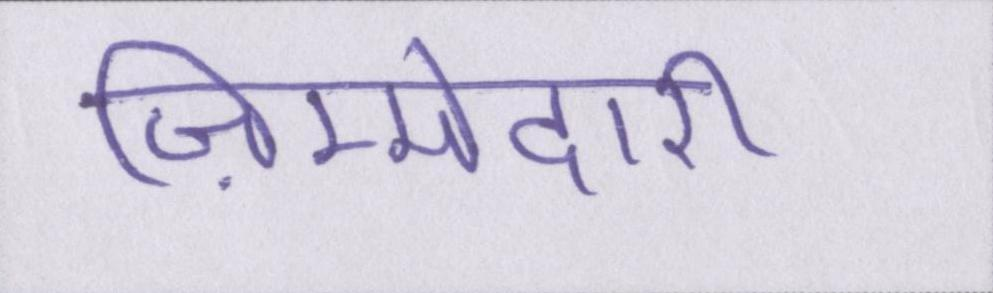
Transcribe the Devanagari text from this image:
ज़िम्मेदारी